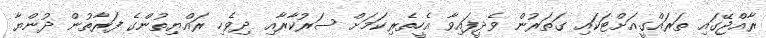
ރާއްޖޭގައި ތަރައްގީއަށްޓަކައި ގަތަރުން ވެދީފައިވާ އެހީތެރިކަމަށް ސަރުކާރާއި ދިވެހި ރައްޔިތުންގެ ފަރާތުން ދުންޔާ